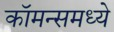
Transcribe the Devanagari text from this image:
कॉमन्समध्ये